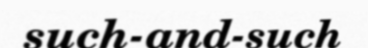
such-and-such